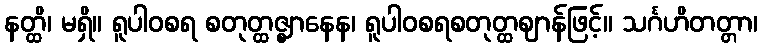
နတ္ထိ၊ မရှိ။ ရူပါဝစရ စတုတ္ထဇ္ဈာနေန၊ ရူပါဝစရစတုတ္ထဈာန်ဖြင့်။ သင်္ဂဟိတတ္တာ၊